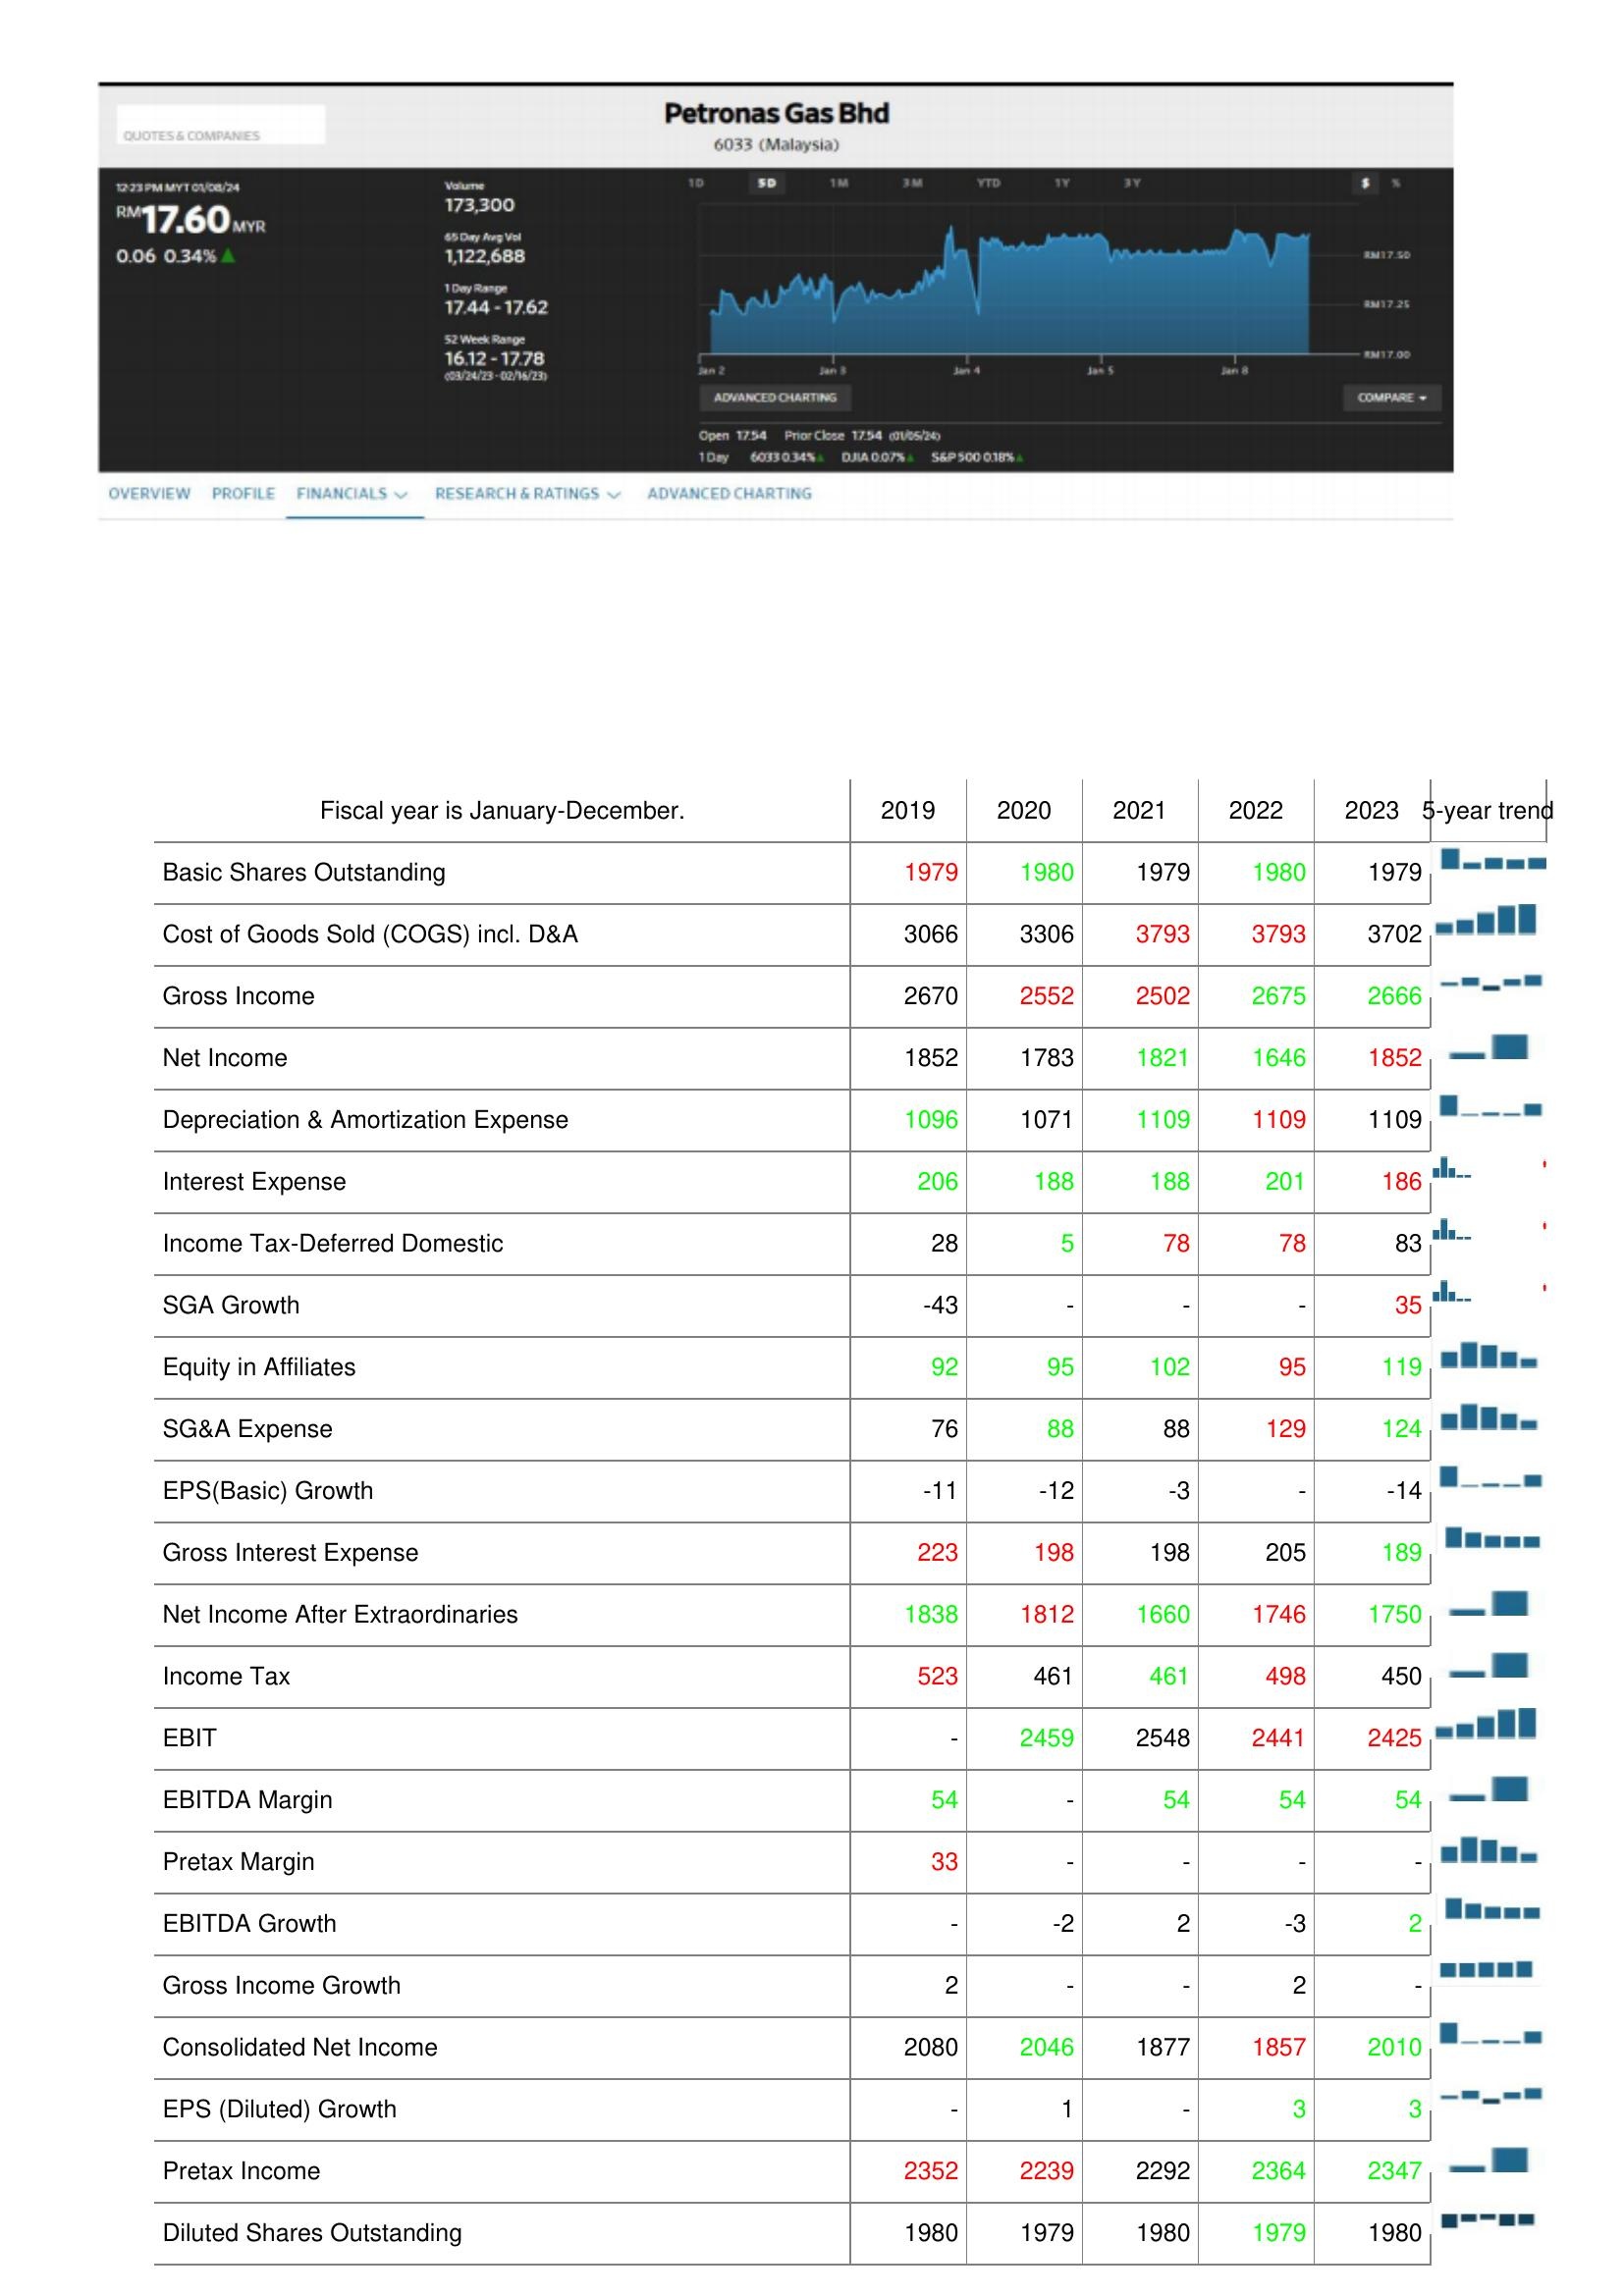
2019: : Basic Shares Outstanding: 1979
Cost of Goods Sold (COGS) incl. D&A: 3066
Gross Income: 2670
Net Income: 1852
Depreciation & Amortization Expense: 1096
Interest Expense: 206
Income Tax-Deferred Domestic: 28
SGA Growth: -43
Equity in Affiliates: 92
SG&A Expense: 76
EPS(Basic) Growth: -11
Gross Interest Expense: 223
Net Income After Extraordinaries: 1838
Income Tax: 523
EBIT: -
EBITDA Margin: 54
Pretax Margin: 33
EBITDA Growth: -
Gross Income Growth: 2
Consolidated Net Income: 2080
EPS (Diluted) Growth: -
Pretax Income: 2352
Diluted Shares Outstanding: 1980
2020: : Basic Shares Outstanding: 1980
Cost of Goods Sold (COGS) incl. D&A: 3306
Gross Income: 2552
Net Income: 1783
Depreciation & Amortization Expense: 1071
Interest Expense: 188
Income Tax-Deferred Domestic: 5
SGA Growth: -
Equity in Affiliates: 95
SG&A Expense: 88
EPS(Basic) Growth: -12
Gross Interest Expense: 198
Net Income After Extraordinaries: 1812
Income Tax: 461
EBIT: 2459
EBITDA Margin: -
Pretax Margin: -
EBITDA Growth: -2
Gross Income Growth: -
Consolidated Net Income: 2046
EPS (Diluted) Growth: 1
Pretax Income: 2239
Diluted Shares Outstanding: 1979
2021: : Basic Shares Outstanding: 1979
Cost of Goods Sold (COGS) incl. D&A: 3793
Gross Income: 2502
Net Income: 1821
Depreciation & Amortization Expense: 1109
Interest Expense: 188
Income Tax-Deferred Domestic: 78
SGA Growth: -
Equity in Affiliates: 102
SG&A Expense: 88
EPS(Basic) Growth: -3
Gross Interest Expense: 198
Net Income After Extraordinaries: 1660
Income Tax: 461
EBIT: 2548
EBITDA Margin: 54
Pretax Margin: -
EBITDA Growth: 2
Gross Income Growth: -
Consolidated Net Income: 1877
EPS (Diluted) Growth: -
Pretax Income: 2292
Diluted Shares Outstanding: 1980
2022: : Basic Shares Outstanding: 1980
Cost of Goods Sold (COGS) incl. D&A: 3793
Gross Income: 2675
Net Income: 1646
Depreciation & Amortization Expense: 1109
Interest Expense: 201
Income Tax-Deferred Domestic: 78
SGA Growth: -
Equity in Affiliates: 95
SG&A Expense: 129
EPS(Basic) Growth: -
Gross Interest Expense: 205
Net Income After Extraordinaries: 1746
Income Tax: 498
EBIT: 2441
EBITDA Margin: 54
Pretax Margin: -
EBITDA Growth: -3
Gross Income Growth: 2
Consolidated Net Income: 1857
EPS (Diluted) Growth: 3
Pretax Income: 2364
Diluted Shares Outstanding: 1979
2023: : Basic Shares Outstanding: 1979
Cost of Goods Sold (COGS) incl. D&A: 3702
Gross Income: 2666
Net Income: 1852
Depreciation & Amortization Expense: 1109
Interest Expense: 186
Income Tax-Deferred Domestic: 83
SGA Growth: 35
Equity in Affiliates: 119
SG&A Expense: 124
EPS(Basic) Growth: -14
Gross Interest Expense: 189
Net Income After Extraordinaries: 1750
Income Tax: 450
EBIT: 2425
EBITDA Margin: 54
Pretax Margin: -
EBITDA Growth: 2
Gross Income Growth: -
Consolidated Net Income: 2010
EPS (Diluted) Growth: 3
Pretax Income: 2347
Diluted Shares Outstanding: 1980